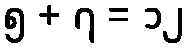
၅ + ၇ = ၁၂